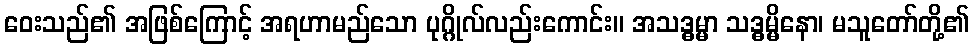
ဝေးသည်၏ အဖြစ်ကြောင့် အရဟာမည်သော ပုဂ္ဂိုလ်လည်းကောင်း။ အသဒ္ဓမ္မာ သဒ္ဓမ္မိနော၊ မသူတော်တို့၏